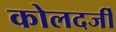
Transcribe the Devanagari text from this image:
कोलदर्जी